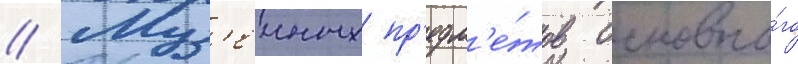
// Муз'еиных пр'едм'е́тов основно́го